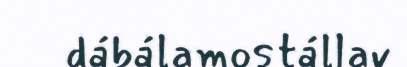
dábálamostállav